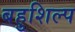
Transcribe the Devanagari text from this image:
बहुशिल्प